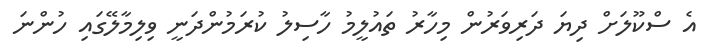
އެ ސްކޫލަށް ދިޔަ ދަރިވަރުން މިހާރު ތައުލީމު ހާސިލު ކުރަމުންދަނީ ވިލިމާލޭގައި ހުންނަ